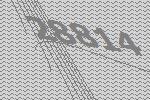
28814